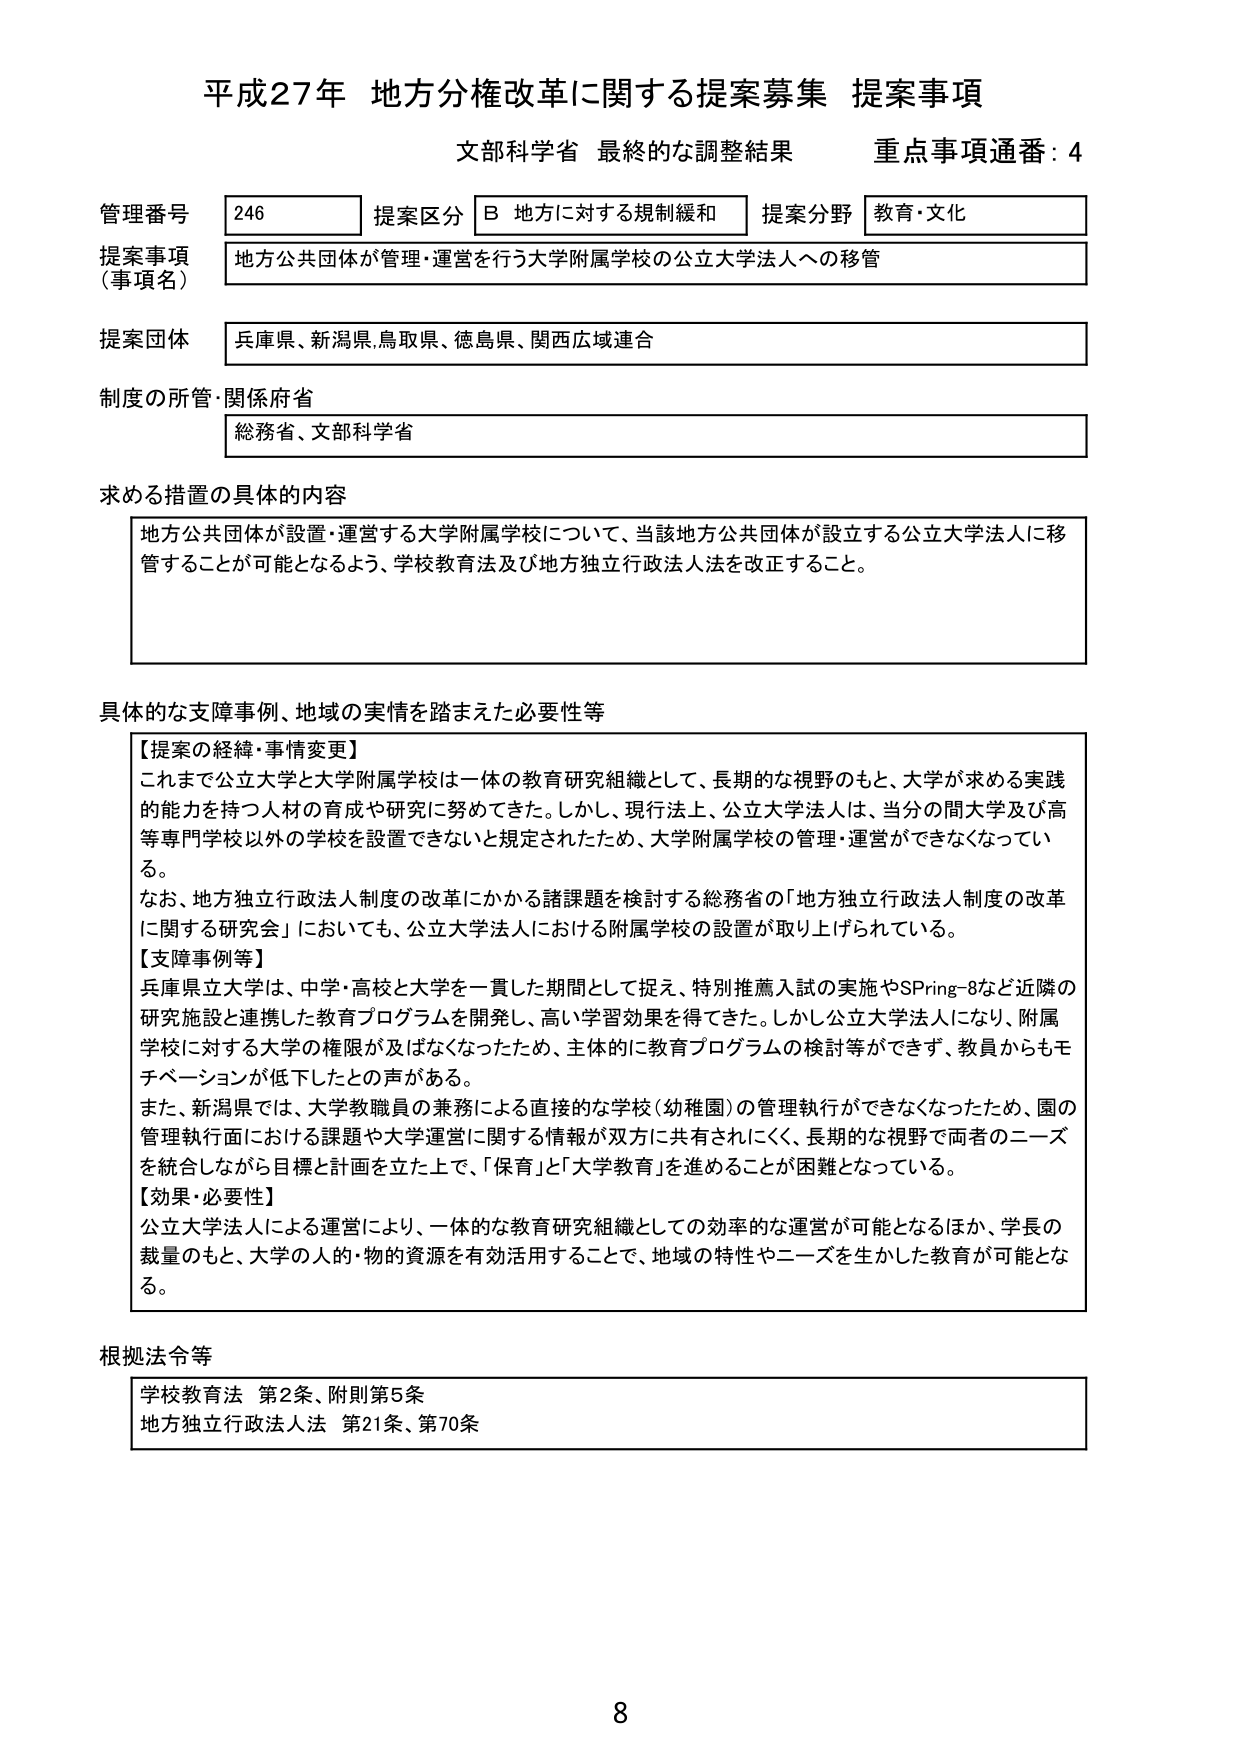
平成27年 地方分権改革に関する提案募集 提案事項
文部科学省 最終的な調整結果 重点事項通番：4

管理番号 246 提案区分 B 地方に対する規制緩和 提案分野 教育・文化
提案事項（事項名） 地方公共団体が管理・運営を行う大学附属学校の公立大学法人への移管
提案団体 兵庫県、新潟県、鳥取県、徳島県、関西広域連合
制度の所管・関係府省 総務省、文部科学省

求める措置の具体的内容
地方公共団体が設置・運営する大学附属学校について、当該地方公共団体が設立する公立大学法人に移管することが可能となるよう、学校教育法及び地方独立行政法人法を改正すること。

具体的な支障事例、地域の実情を踏まえた必要性等
【提案の経緯・事情変更】
これまで公立大学と大学附属学校は一体の教育研究組織として、長期的な視野のもと、大学が求める実践的能力を持つ人材の育成や研究に努めてきた。しかし、現行法上、公立大学法人は、当分の間大学及び高等専門学校以外の学校を設置できないと規定されたため、大学附属学校の管理・運営ができなくなっている。
なお、地方独立行政法人制度の改革にかかる諸課題を検討する総務省の「地方独立行政法人制度の改革に関する研究会」においても、公立大学法人における附属学校の設置が取り上げられている。
【支障事例等】
兵庫県立大学は、中学・高校と大学を一貫した期間として捉え、特別推薦入試の実施やSPring-8など近隣の研究施設と連携した教育プログラムを開発し、高い学習効果を得てきた。しかし公立大学法人になり、附属学校に対する大学の権限が及ばなくなったため、主体的に教育プログラムの検討等ができず、教員からもモチベーションが低下したとの声がある。
また、新潟県では、大学教職員の兼務による直接的な学校（幼稚園）の管理執行ができなくなったため、園の管理執行面における課題や大学運営に関する情報が双方に共有されにくく、長期的な視野で両者のニーズを統合しながら目標と計画を立た上で、「保育」と「大学教育」を進めることが困難となっている。
【効果・必要性】
公立大学法人による運営により、一体的な教育研究組織としての効率的な運営が可能となるほか、学長の裁量のもと、大学の人的・物的資源を有効活用することで、地域の特性やニーズを生かした教育が可能となる。

根拠法令等
学校教育法 第2条、附則第5条
地方独立行政法人法 第21条、第70条

8